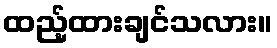
ထည့်ထားချင်သလား။